Leaving Certificate Examination (including Day School Certificate (Higher) General paper), 1930
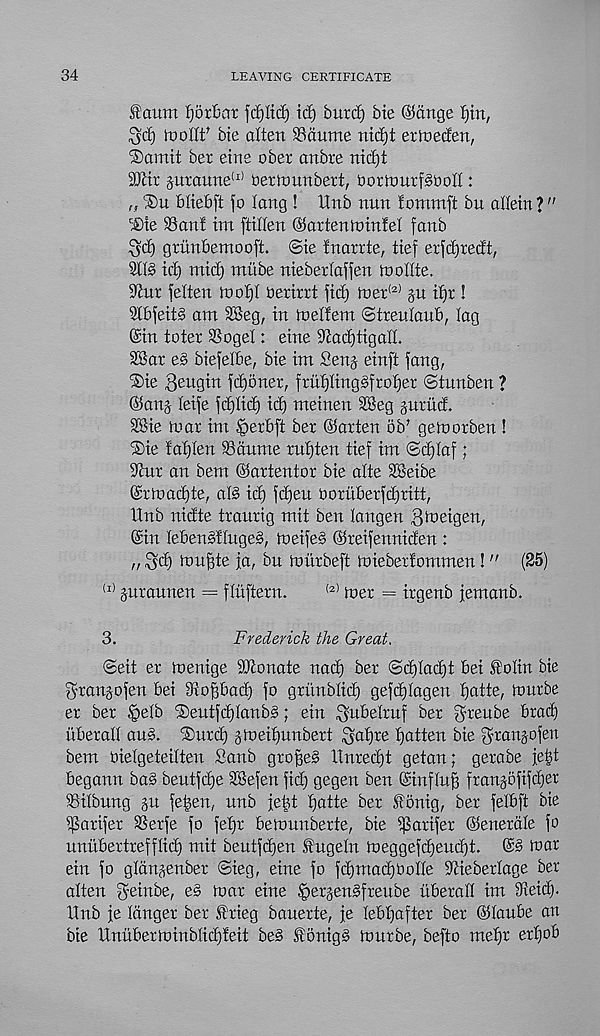
34
LEAVING CERTIFICATE
<S?cmm fjorbat fcfyltd) id) burd) bte @5dnge ijin,
^c£) toollf bie alien SSdume nidji ertneden,
®amit ber eine ober anbre nid)t
9’Jiir juraune (I) bertounberi, tJorinurfSbod :
„ ®u bltebfi fo long ! 11 nb nun iontmft bn adetn ? "
®ie SSani im ftitfen ©artenininfel fanb
^d) grunbemooft. ©te Inarrte, tief erfdjredt,
91i§ id) mid) mt'tbe nieberlaften modte.
S^ur felten )d oI)I berirrt fid) mer (2) §n ii)r !
21bfeit§ am SBeg, in melfern ©treuianb, lag
©in toter SSogel: eine 9iad)tigaIL
SBar e§ biefeibe, bie im Senj einft fang,
®ie Bewgin fc^oner, fruf)iing§frof)er ©tunben ?
©anj leife fd)Iid) id) meinen 3Beg jnrud.
SBie mat im |)erbft bet ©atten ob' gemotben!
®ie fallen SB ait me rui)tert tief im ©d)(af;
Sint an bem ©atieniot bie alte 2Beibe
©tmadjie, alb id) fd)en i30titbetfd)titt,
llnb nidte itantig mit ben langen Bb? eigen,
©in lebenbflugeb, ineifeb ©teifenniden :
„ Bd) mu§te ja, bn mittbefi miebetiommen!" (25)
(I) praunen == fluftetn.
(2) met = itgenb jemanb.
3.
Frederick the Great,
©eit et menige SOlonate nad) bet ©d)Iad)i bei tolin bie
Brangofen bei iRoffbad) fo gtimblid) gefdjlagen fjaite, mutbe
et ber §elb ®entfc^Ianbb; ein Bwbelruf ber B^eube brad)
liber ad aub. 'Surd) gmeiijunbert
fatten bie B^bnpfen
bem Dielgeteilten Sanb gto^eb llntedji getan; gerabe je|t
begann bab bentfdje SBefen fid) gegen ben ©influ^ ftanpfifdjer
SSilbung p fe^en, nnb fetd i)atte bet fonig, bet felbft bie
Battfet SSetfe fo fei)t bemnnbetie, bie ipatifet ©enetale fo
nnubertrefflid) mit beutf^en Itugetn meggefdfeudft. ©b mar
ein fo gldnpnbet ©ieg, eine fo fd)mad)boIIe S'tieberlage ber
alten B e dtbe, eb mat eine ipergenbfteube libetall im dieid).
Unb fe Idnget ber ®rieg bauerte, fe Iebt)after ber ©lanbe an
bte llnnberminbtid)teit beb do nig b mutbe, befto mefjt ert)ob